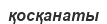
қосқанаты